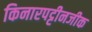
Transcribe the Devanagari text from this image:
किनारपट्टीनजीक